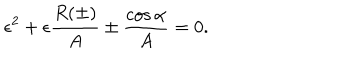
\epsilon ^ { 2 } + \epsilon \frac { R ( \pm ) } { A } \pm \frac { \cos \alpha } { A } = 0 .